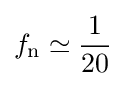
f_{\text{n}}\simeq {\frac {1}{20}}